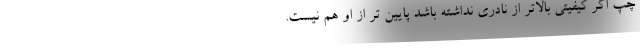
چپ اگر کیفیتی بالاتر از نادری نداشته باشد پایین تر از او هم نیست.